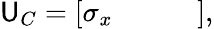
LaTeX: {\sf U}_{C}=\left[\begin{array}{cccc}{\sigma_{x}}&{}&{}&{}\end{array}\right],